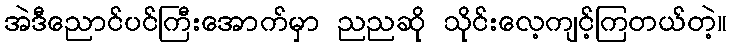
အဲဒီညောင်ပင်ကြီးအောက်မှာ ညညဆို သိုင်းလေ့ကျင့်ကြတယ်တဲ့။